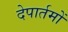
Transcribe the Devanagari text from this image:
देपार्तमों